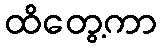
ထိတွေ့ကာ